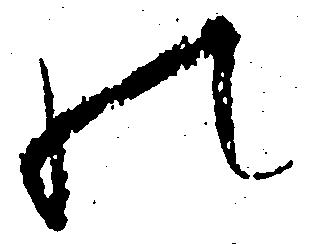
の